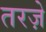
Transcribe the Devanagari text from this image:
तरज़े